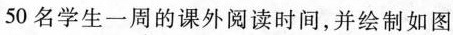
50名学生一周的课外阅读时间，并绘制如图